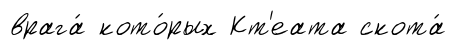
врага́ кото́рых Кт'еата скота́